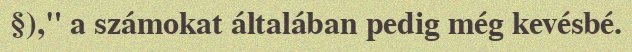
§)," a számokat általában pedig még kevésbé.